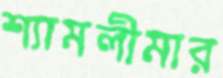
শ্যামলীমার